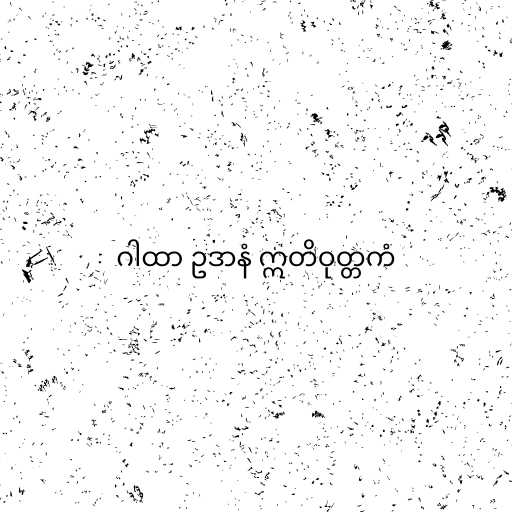
ဂါထာ ဥဒာနံ ဣတိဝုတ္တကံ